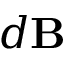
d { \mathbf B }